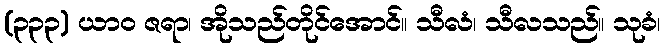
(၃၃၃) ယာဝ ဇရာ၊ အိုသည်တိုင်အောင်။ သီလံ၊ သီလသည်။ သုခံ၊